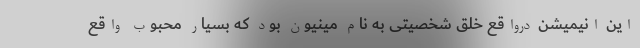
این انیمیشن درواقع خلق شخصیتی به نام مینیون بود که بسیار محبوب واقع